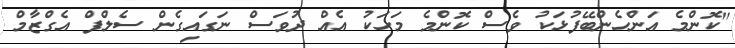
"ކޮންމެ އަންހެންބޭފުޅަކު ވެސް ކޮންމެ މަހަކު އެއް ދުވަސް ނަގައިގެން ސެލްފް އެގްޒާމް